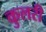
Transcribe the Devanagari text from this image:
कुलरी